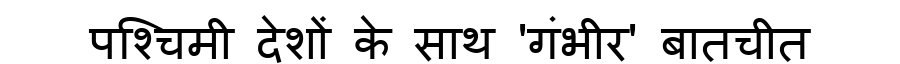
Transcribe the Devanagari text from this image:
पश्चिमी देशों के साथ 'गंभीर' बातचीत